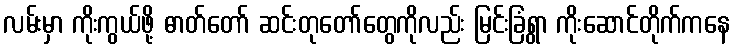
လမ်းမှာ ကိုးကွယ်ဖို့ ဓာတ်တော် ဆင်းတုတော်တွေကိုလည်း မြင်းခြံရွာ ကိုးဆောင်တိုက်ကနေ